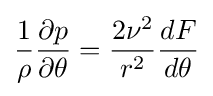
{\frac {1}{\rho }}{\frac {\partial p}{\partial \theta }}={\frac {2\nu ^{2}}{r^{2}}}{\frac {dF}{d\theta }}